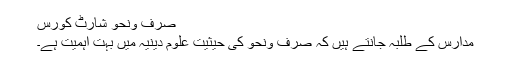
صرف ونحو شارٹ کورس
مدارس کے طلبہ جانتے ہیں کہ صرف ونحو کی حیثیت علومِ دینیہ میں بہت اہمیت ہے۔